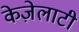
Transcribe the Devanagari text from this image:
केज़ेलाटी